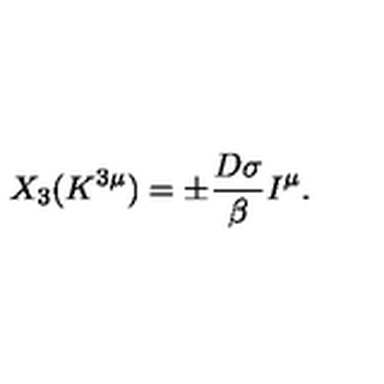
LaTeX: X _ { 3 } ( K ^ { 3 \mu } ) = \pm \frac { D \sigma } { \beta } I ^ { \mu } .